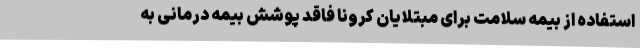
استفاده از بیمه سلامت برای مبتلایان کرونا فاقد پوشش بیمه درمانی به